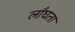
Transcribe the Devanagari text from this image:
लाँघता